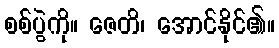
စစ်ပွဲကို။ ဇေတိ၊ အောင်နိုင်၏။